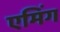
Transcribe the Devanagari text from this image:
एमिंग